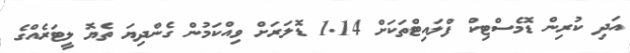
އަދި ކުރިން ޑޮމެސްޓިކް ފްލައިޓްތަކަށް 1.14 ޑޮލަރަށް ވިއްކަމުން ގެންދިޔަ ތެޔޮ ލީޓަރެއްގެ